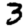
Digit: 3